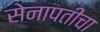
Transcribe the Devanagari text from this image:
सेनापतींचा